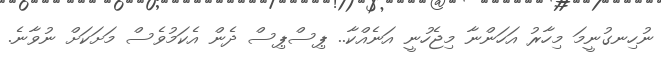
ނުހިނގުނީމަ މިހާރު އަހަންނާ މިޖެހުނީ އަނެއްކާ.. ޕިސްޕިސް ދެން އެކަމުވެސް މަށަކަށް ނުވާނެ.